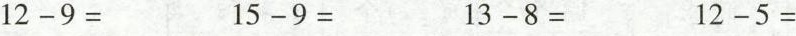
$$1 2 - 9 =$$ $$1 5 - 9 =$$ $$1 3 - 8 =$$ $$1 2 - 5 =$$